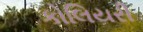
કોલિયરી